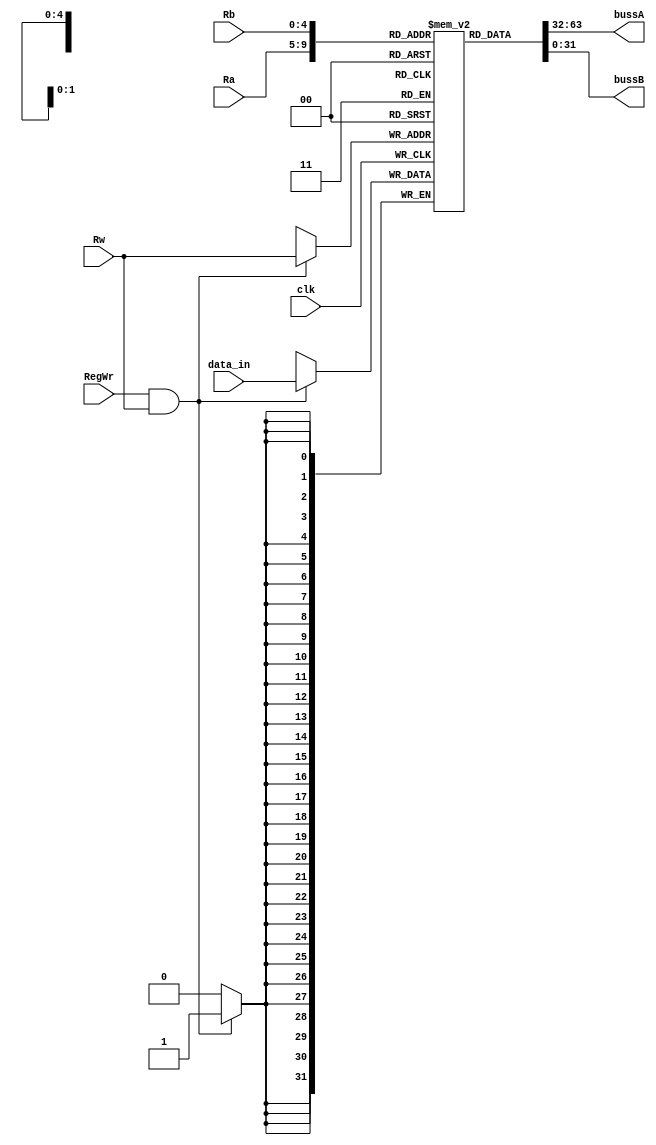
`timescale 1ns / 1ps
//////////////////////////////////////////////////////////////////////////////////
// Company: 
// Engineer: 
// 
// Design Name: 
// Module Name: Registers
// Project Name: 
// Target Devices: 
// Tool Versions: 
// Description: 
// 
// Dependencies: 
// 
// Revision:
// Revision 0.01 - File Created
// Additional Comments:
// 
//////////////////////////////////////////////////////////////////////////////////


module Registers(
    clk,Ra,Rb,Rw,RegWr,data_in,bussA,bussB
    );
    input clk, RegWr;
    input [4:0]Ra,Rb,Rw;
    input [31:0]data_in;
    output [31:0]bussA, bussB;
    
    reg[31:0] registers[31:0];
    integer i;
    
    assign bussA = registers[Ra];
    assign bussB = registers[Rb];
    
    always @(negedge clk)  //
        if (RegWr && Rw)
            registers[Rw] <= data_in;
    
    initial 
        for(i = 0; i < 32; i = i + 1)
            registers[i] <= 0;
endmodule